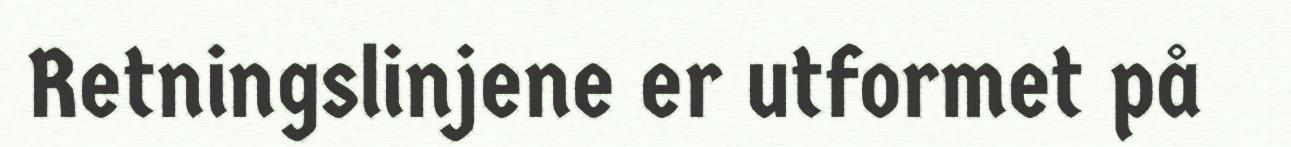
Retningslinjene er utformet på